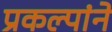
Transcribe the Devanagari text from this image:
प्रकल्पांने